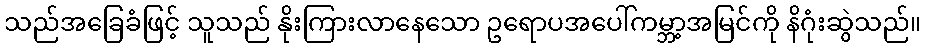
သည်အခြေခံဖြင့် သူသည် နိုးကြားလာနေသော ဥရောပအပေါ်ကမ္ဘာ့အမြင်ကို နိဂုံးဆွဲသည်။